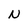
Character: N